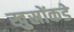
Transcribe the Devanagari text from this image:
खुस्रोंकडे